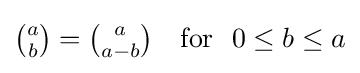
{\textstyle {\binom {a}{b}}={\binom {a}{a-b}}\quad {\text{for }}\ 0\leq b\leq a}